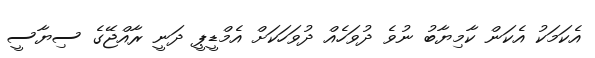
އެކަމަކު އެކަން ކާމިޔާބު ނުވެ ދުވަހެއް ދުވަހަކަށް އެމްޑީޕީ ދަނީ ރާއްޖޭގެ ސިޔާސީ